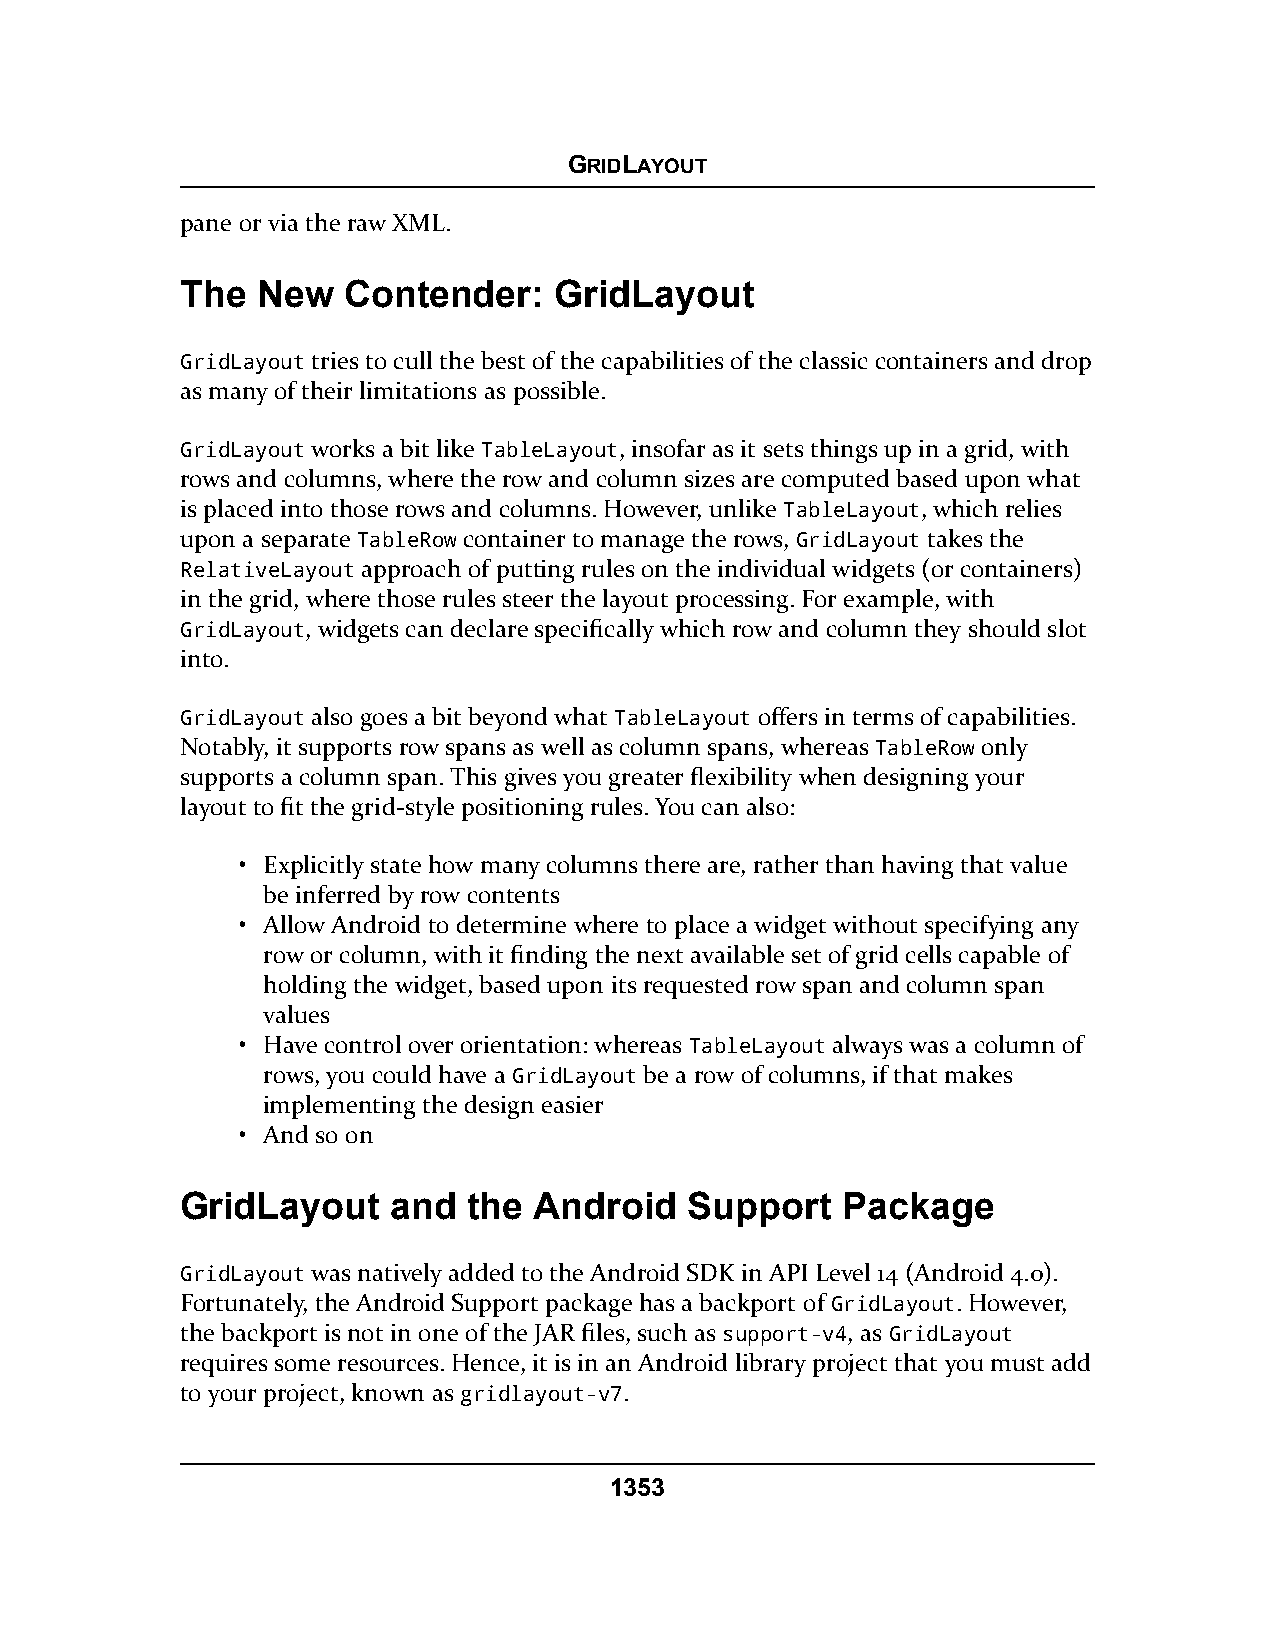
GRIDLAYOUT
 pane or via the raw XML.
 The  New   Contender:    GridLayout
 GridLayout tries to cull the best of the capabilities of the classic containers and drop
 as many of their limitations as possible.
 GridLayout works a bit like TableLayout, insofar as it sets things up in a grid, with
 rows and columns, where the row and column sizes are computed based upon what
 is placed into those rows and columns. However, unlike TableLayout, which relies
 upon a separate TableRow container to manage the rows, GridLayout takes the
 RelativeLayout approach of putting rules on the individual widgets (or containers)
 in the grid, where those rules steer the layout processing. For example, with
 GridLayout, widgets can declare specifically which row and column they should slot
 into.
 GridLayout also goes a bit beyond what TableLayout offers in terms of capabilities.
 Notably, it supports row spans as well as column spans, whereas TableRow only
 supports a column span. This gives you greater flexibility when designing your
 layout to fit the grid-style positioning rules. You can also:
 • Explicitly state how many columns there are, rather than having that value
 be inferred by row contents
 • Allow Android to determine where to place a widget without specifying any
 row or column, with it finding the next available set of grid cells capable of
 holding the widget, based upon its requested row span and column span
 values
 • Have control over orientation: whereas TableLayout always was a column of
 rows, you could have a GridLayout be a row of columns, if that makes
 implementing the design easier
 • And so on
 GridLayout    and  the Android    Support   Package
 GridLayout was natively added to the Android SDK in API Level 14 (Android 4.0).
 Fortunately, the Android Support package has a backport of GridLayout. However,
 the backport is not in one of the JAR files, such as support-v4, as GridLayout
 requires some resources. Hence, it is in an Android library project that you must add
 to your project, known as gridlayout-v7.
 1353